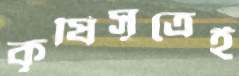
কৃষিসূত্রেই